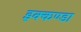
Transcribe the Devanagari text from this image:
इक्कण्डा